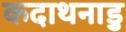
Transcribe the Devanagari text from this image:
कदाथनाडु